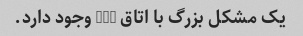
یک مشکل بزرگ با اتاق 507 وجود دارد.